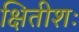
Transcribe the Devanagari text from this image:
क्षितीशः